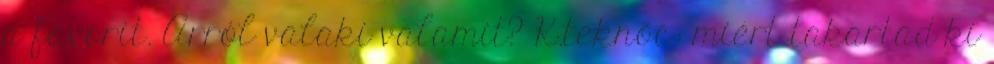
a favorit. Arról valaki valamit? K.teknőc: miért takartad ki